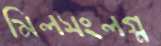
মিলসংলগ্ন